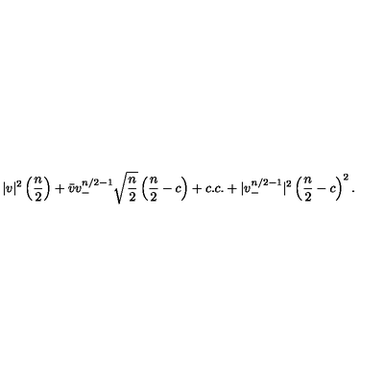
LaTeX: | v | ^ { 2 } \left( { \frac { n } { 2 } } \right) + \bar { v } v _ { - } ^ { n / 2 - 1 } \sqrt { { \frac { n } { 2 } } } \left( { \frac { n } { 2 } } - c \right) + c . c . + | v _ { - } ^ { n / 2 - 1 } | ^ { 2 } \left( { \frac { n } { 2 } } - c \right) ^ { 2 } .